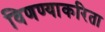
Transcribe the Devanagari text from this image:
विणण्याकरिता